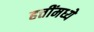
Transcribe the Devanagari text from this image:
हत्तींमध्ये